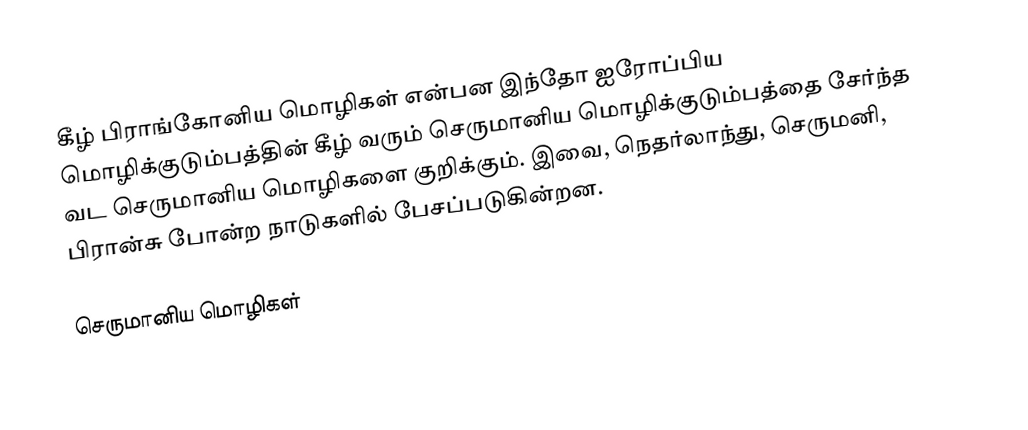
கீழ் பிராங்கோனிய மொழிகள் என்பன இந்தோ ஐரோப்பிய மொழிக்குடும்பத்தின் கீழ் வரும் செருமானிய மொழிக்குடும்பத்தை சேர்ந்த வட செருமானிய மொழிகளை குறிக்கும். இவை, நெதர்லாந்து, செருமனி, பிரான்சு போன்ற நாடுகளில் பேசப்படுகின்றன.

செருமானிய மொழிகள்